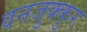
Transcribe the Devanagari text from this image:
वनजुक्कुर